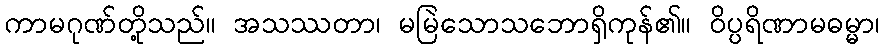
ကာမဂုဏ်တို့သည်။ အသဿတာ၊ မမြဲသောသဘောရှိကုန်၏။ ဝိပ္ပရိဏာမဓမ္မာ၊